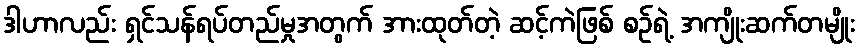
ဒါဟာလည်း ရှင်သန်ရပ်တည်မှုအတွက် အားထုတ်တဲ့ ဆင့်ကဲဖြစ် စဉ်ရဲ့ အကျိုးဆက်တမျိုး